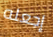
إجعله